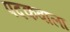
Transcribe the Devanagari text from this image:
पदकवाला